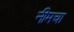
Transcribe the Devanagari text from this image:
नीमचा